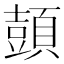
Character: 𲊳